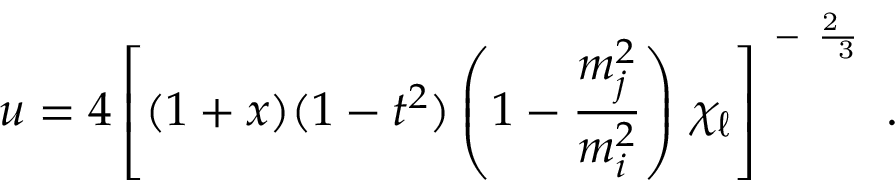
u = 4 \left[ ( 1 + x ) ( 1 - t ^ { 2 } ) \left( 1 - { \frac { m _ { j } ^ { 2 } } { m _ { i } ^ { 2 } } } \right) \, \chi _ { \ell } \right] ^ { \mathrm { \normalsize ~ - ~ { \frac { 2 ~ } { ~ 3 } } ~ } } .